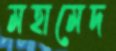
মহামেদ